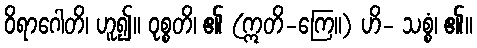
ဝိရာဂေါတိ၊ ဟူ၍။ ဝုစ္စတိ၊ ၏ (ဣတိ-ကြေ။) ဟိ- သစ္စံ၊ ၏။